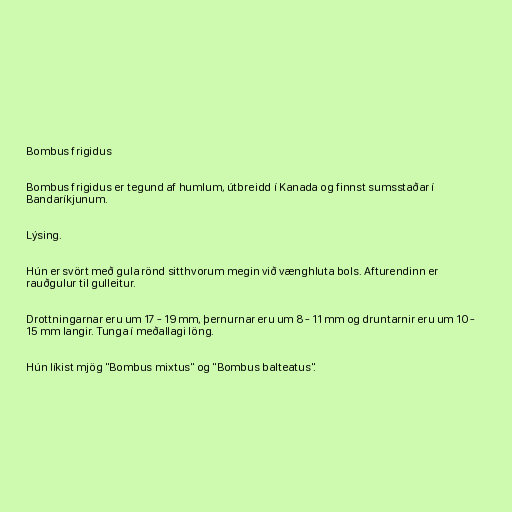
Bombus frigidus

Bombus frigidus er tegund af humlum, útbreidd í Kanada og finnst sumsstaðar í
Bandaríkjunum.

Lýsing.

Hún er svört með gula rönd sitthvorum megin við vænghluta bols. Afturendinn er
rauðgulur til gulleitur.

Drottningarnar eru um 17 - 19 mm, þernurnar eru um 8 - 11 mm og druntarnir eru um 10 -
15 mm langir. Tunga í meðallagi löng.

Hún líkist mjög "Bombus mixtus" og "Bombus balteatus".